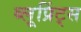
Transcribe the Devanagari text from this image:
ब्लूप्रिंट्स